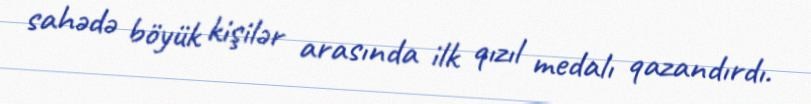
sahədə böyük kişilər arasında ilk qızıl medalı qazandırdı.